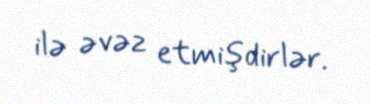
ilə əvəz etmişdirlər.